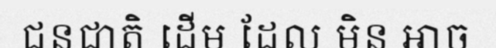
ជនជាតិ ដើម ដែល មិន អាច